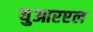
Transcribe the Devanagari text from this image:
युआरएल